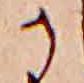
か